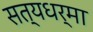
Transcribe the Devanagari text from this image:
सत्यधर्मा